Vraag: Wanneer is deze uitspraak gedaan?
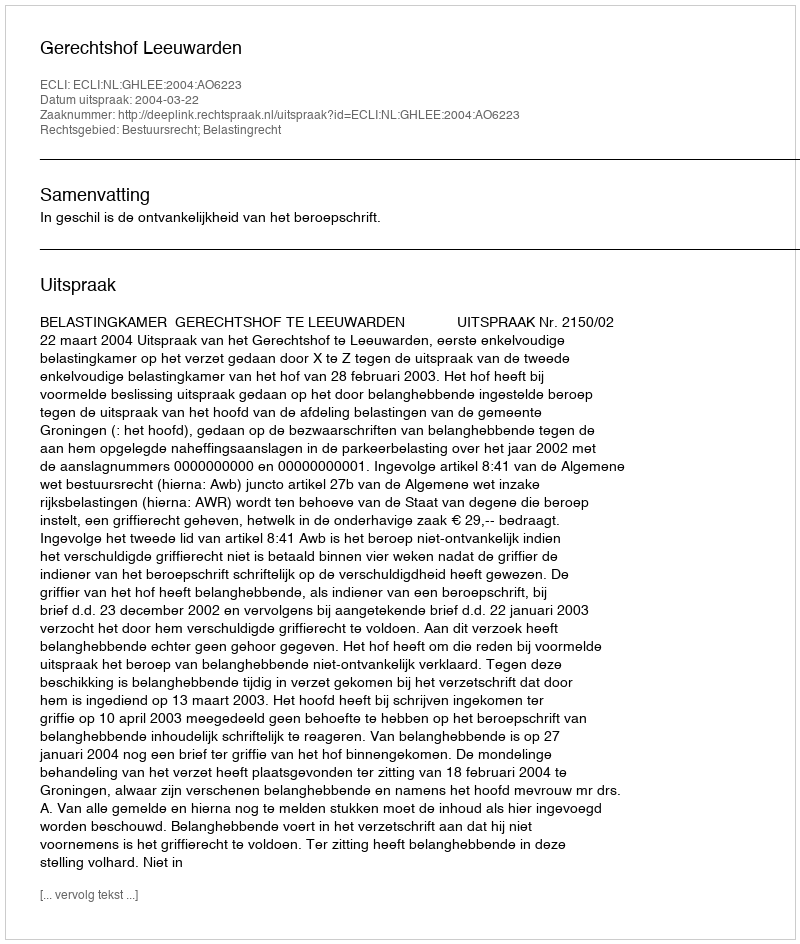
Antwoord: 2004-03-22